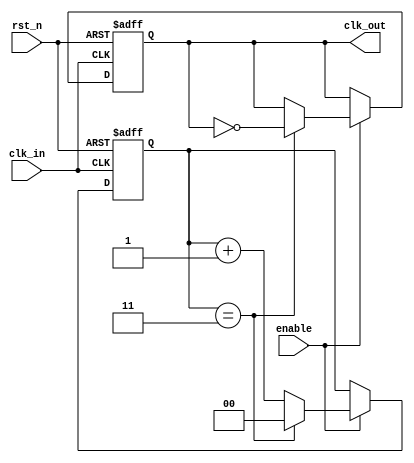
module clk_divider #(
    parameter N = 4  // Division factor (default is 4)
)(
    input wire clk_in,   // Input clock
    input wire rst_n,    // Asynchronous reset (active low)
    input wire enable,    // Enable signal
    output reg clk_out    // Output divided clock
);

    // Internal counter
    reg [$clog2(N)-1:0] counter; // Counter width based on N

    // Always block for clock division logic
    always @(posedge clk_in or negedge rst_n) begin
        if (!rst_n) begin
            counter <= 0;      // Reset counter
            clk_out <= 0;      // Reset output clock
        end else if (enable) begin
            if (counter == N-1) begin
                clk_out <= ~clk_out; // Toggle output clock
                counter <= 0;         // Reset counter
            end else begin
                counter <= counter + 1; // Increment counter
            end
        end
    end

endmodule